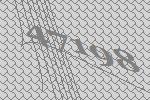
47198